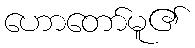
ဟောတော်မူ၏